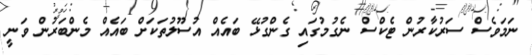
ނަމަވެސް ސަރުކާރުން ޓެކްސް ނެގުމުގައި ގެންގުޅޭ ބައެއް އުސޫލުތަކަށް ބައެއް މެންބަރުން ވަނީ